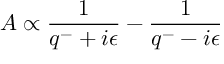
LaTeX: { \cal A } \propto { \frac { 1 } { q ^ { - } + i \epsilon } } - { \frac { 1 } { q ^ { - } - i \epsilon } }